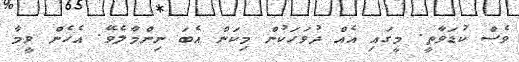
ވެސް ކުޑަވާތީ. މީގައި އެއް ދުވަހަކުން މިކަން އެބަ ނިންމާލެވޭ. އެހެން ވީމާ